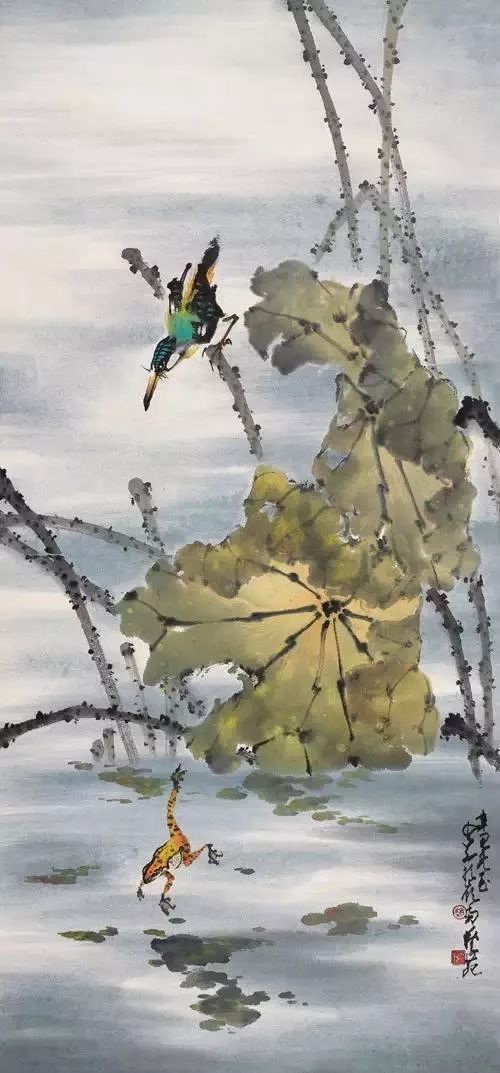
池塘过雨急鸣蛙。酒醒明月照窗纱。